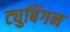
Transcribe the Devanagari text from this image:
ट्युबिंगन